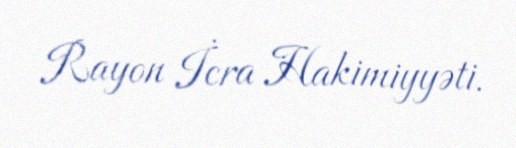
Rayon İcra Hakimiyyəti.